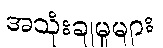
အသုံးချမှုများ